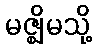
မဇ္ဈိမသို့